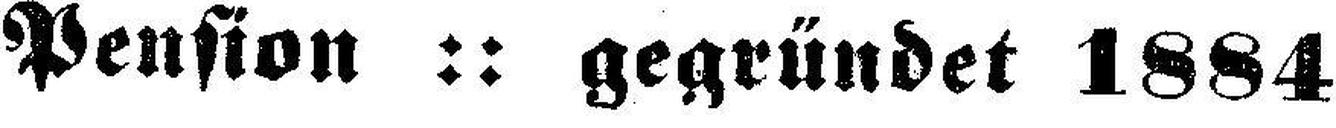
Pension :: gegründet 1884